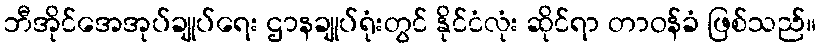
ဘီအိုင်အေအုပ်ချုပ်ရေး ဌာနချုပ်ရုံးတွင် နိုင်ငံလုံး ဆိုင်ရာ တာဝန်ခံ ဖြစ်သည်။